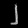
Digit: ၂